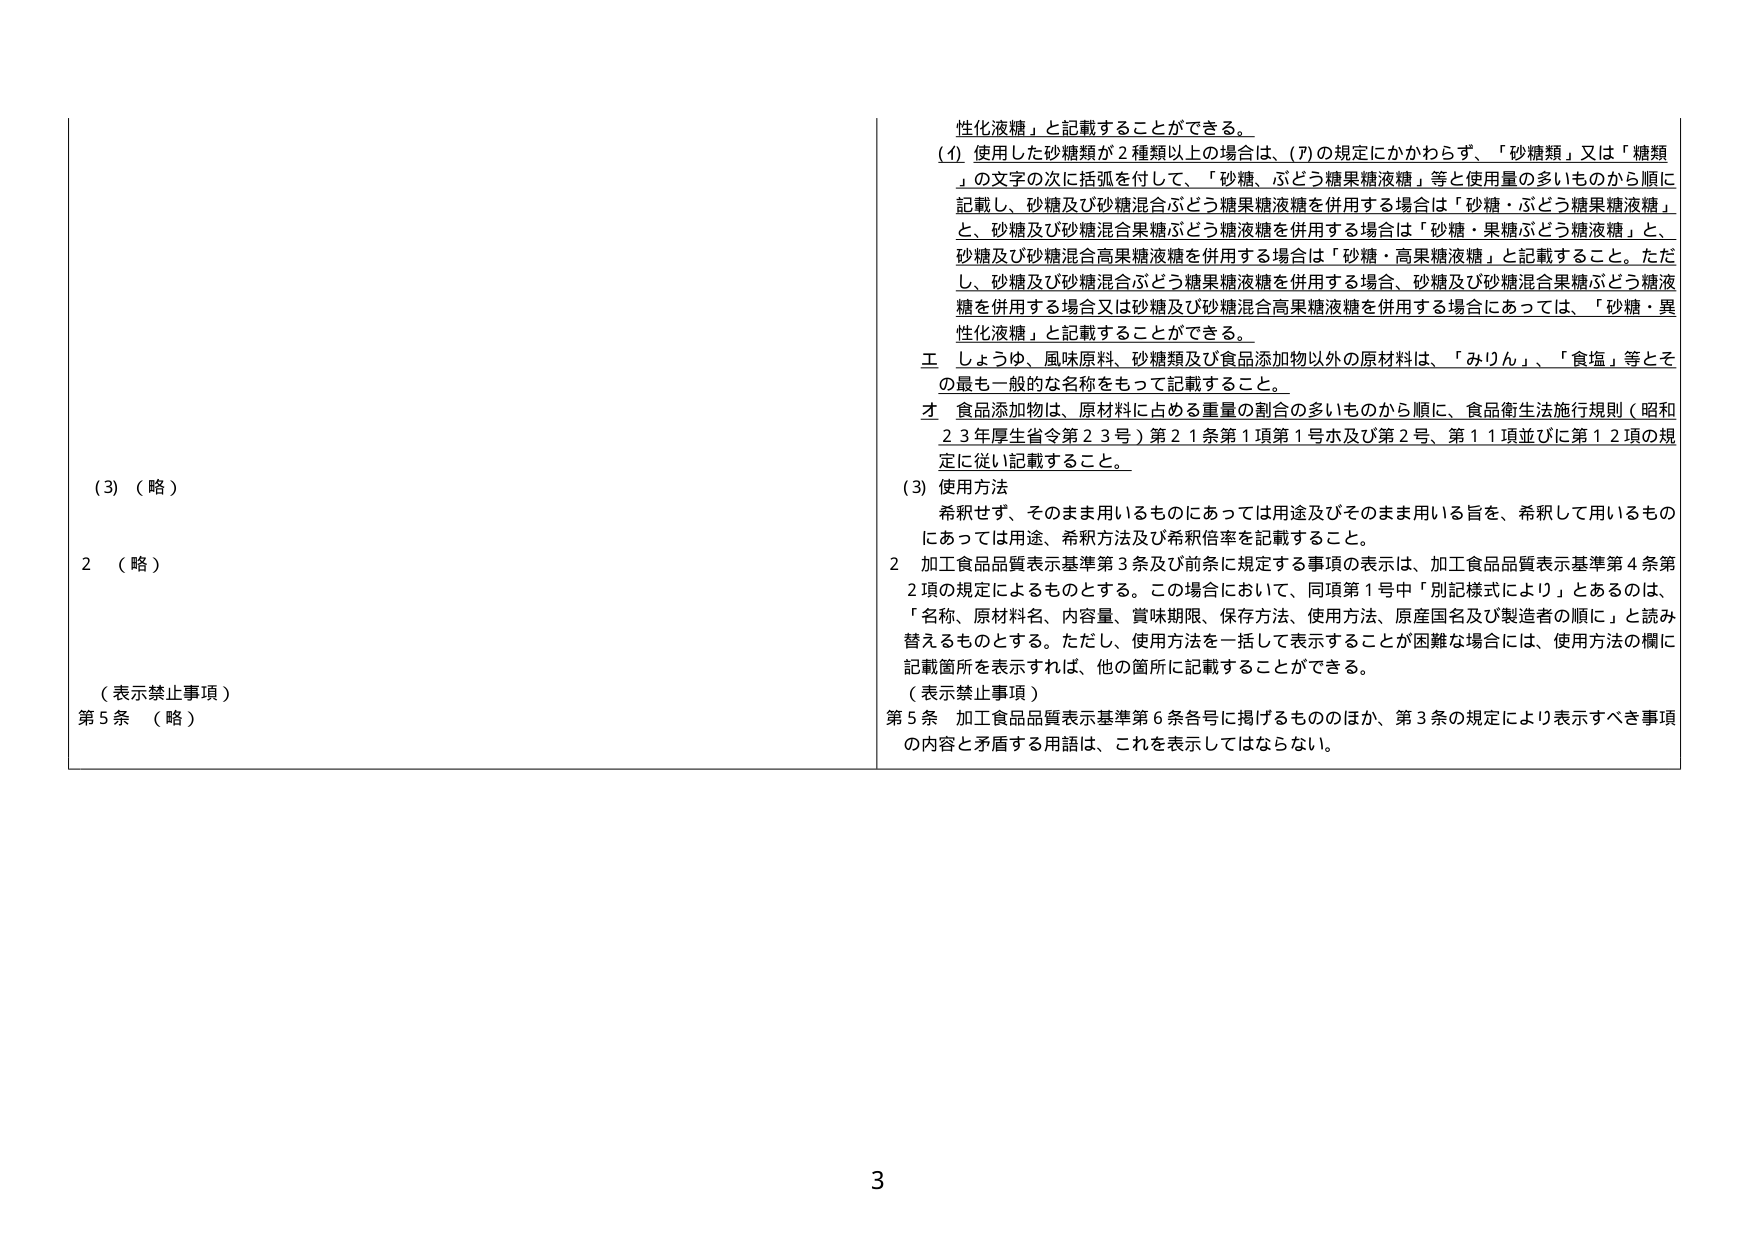
性化液糖」と記載することができる。

(1) 使用した砂糖類が２種類以上の場合、(7)の規定にかかわらず、「砂糖類」又は「糖類」の文字の次に括弧を付して、「砂糖、ぶどう糖果糖液糖」等と使用量の多いものから順に記載し、砂糖及び砂糖混合ぶどう糖果糖液糖を併用する場合は「砂糖・ぶどう糖果糖液糖」と、砂糖及び砂糖混合果糖ぶどう糖液糖を併用する場合は「砂糖・果糖ぶどう糖液糖」と、砂糖及び砂糖混合高果糖液糖を併用する場合は「砂糖・高果糖液糖」と記載すること。ただし、砂糖及び砂糖混合ぶどう糖果糖液糖を併用する場合、砂糖及び砂糖混合果糖ぶどう糖液糖を併用する場合又は砂糖及び砂糖混合高果糖液糖を併用する場合にあっては、「砂糖・異性化液糖」と記載することができる。

工 しょうゆ、風味原料、砂糖類及び食品添加物以外の原材料は、「みりん」、「食塩」等とその最も一般的な名称をもって記載すること。

才 食品添加物は、原材料に占める重量の割合の多いものから順に、食品衛生法施行規則（昭和23年厚生省令第23号）第21条第1項第1号ホ及び第2号、第11項並びに第12項の規定に従い記載すること。

(3) 使用方法
希釈せず、そのまま用いるものにあっては用途及びそのまま用いる旨を、希釈して用いるものにあっては用途、希釈方法及び希釈倍率を記載すること。

2 加工食品品質表示基準第3条及び前条に規定する事項の表示は、加工食品品質表示基準第4条第2項の規定によるものとする。この場合において、同項第1号中「別記様式により」とあるのは、「名称、原材料名、内容量、賞味期限、保存方法、使用方法、原産国名及び製造者の順に」と読み替えるものとする。ただし、使用方法を一括して表示することが困難な場合には、使用方法の欄に記載箇所を表示すれば、他の箇所に記載することができる。

（表示禁止事項）
第5条 加工食品品質表示基準第6条各号に掲げるもののほか、第3条の規定により表示すべき事項の内容と矛盾する用語は、これを表示してはならない。

(3) （略）
2 （略）
（表示禁止事項）
第5条 （略）

3